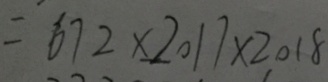
= 6 7 2 \times 2 0 1 7 \times 2 0 1 8